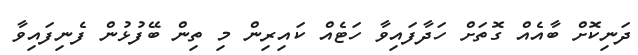
ދަނިކޮށް ބާއެއް ގޮތަށް ހަދާފައިވާ ހަޓެއް ކައިރިން މި ތިން ބޭފުޅުން ފެނިފައިވާ